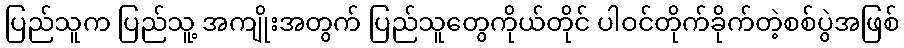
ပြည်သူက ပြည်သူ့ အကျိုးအတွက် ပြည်သူတွေကိုယ်တိုင် ပါဝင်တိုက်ခိုက်တဲ့စစ်ပွဲအဖြစ်